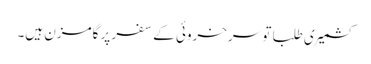
کشمیری طلبا تو سرخروئی کے سفر پر گامزن ہیں۔